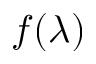
f ( \lambda )